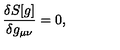
\frac { \delta S [ g ] } { \delta g _ { \mu \nu } } = 0 ,